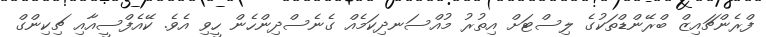
ފްރެންޗައިޒް ބްރޭންޑްތަކުގެ ލިސްޓަށް އިތުރު މުއްސަނދިކަމެއް ގެނެސްދިންހެން ހީވި އެވެ. ކޭއެފްސީއާއި ޗިކިންގް